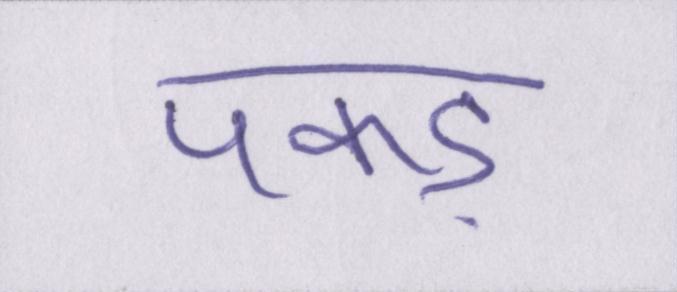
पकड़